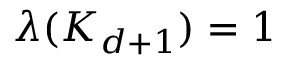
\lambda ( K _ { d + 1 } ) = 1